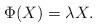
LaTeX: \begin{align*}\Phi(X) = \lambda X.\end{align*}